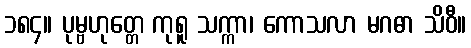
၁၈၄။ ပုမ္ဗဟုတ္တေ ကုရူ သက္ကာ၊ ကောသလာ မဂဓာ သိဝီ။